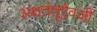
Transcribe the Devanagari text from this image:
अक्षतंतूऐवजी